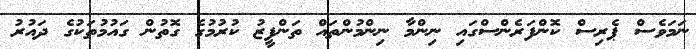
ނަމަވެސް ޕެރިސް ކޮންފަރެންސްގައި ނިންމާ ނިންމުންތައް ތަންފީޒު ކުރުމުގެ ގޮތުން ގައުމުތަކުގެ ދައުރު